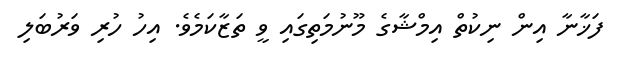
ފަޚާނާ އިން ނިކުތް އިމްޝާގެ މޫނުމަތިގައި ވީ ތަޒާކަމެވެ. އިހު ހުރި ވަރުބަލި